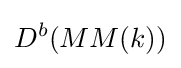
D^{b}(MM(k))